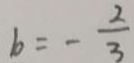
b = - \frac { 2 } { 3 }